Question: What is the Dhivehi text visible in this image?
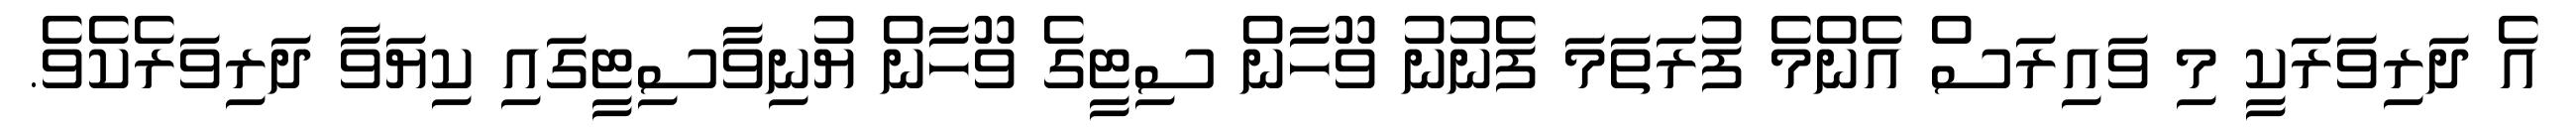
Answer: އެ ދަރިވަރަކީ މި ވައިރަސް އެންމެ ފުރަތަމަ ފެނުނު ވޫހާން ސިޓީގެ ވޫހާން ޔުނިވާސިޓީގައި ކިޔަވާ ދަރިވަރެކެވެ.